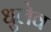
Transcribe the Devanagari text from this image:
धुलेव